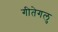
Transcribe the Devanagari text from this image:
गीतेगलु